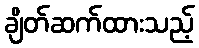
ချိတ်ဆက်ထားသည့်